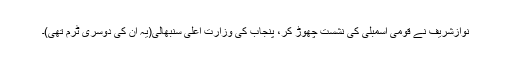
نوازشریف نے قومی اسمبلی کی نشست چھوڑ کر، پنجاب کی وزارتِ اعلیٰ سنبھالی(یہ ان کی دوسری ٹرم تھی)۔